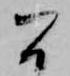
間